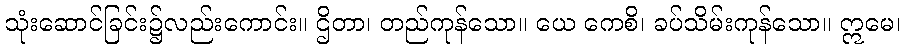
သုံးဆောင်ခြင်း၌လည်းကောင်း။ ဌိတာ၊ တည်ကုန်သော။ ယေ ကေစိ၊ ခပ်သိမ်းကုန်သော။ ဣမေ၊